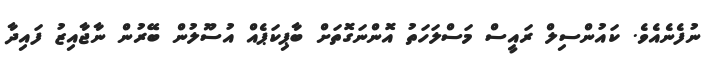
ނުފެނެއެވެ. ކައުންސިލް ރައީސް މަސްލަހަތު އޮންނަގޮތަށް ބާޕިކަޕެއް އުސޫލުން ބޭރުން ނާޖާއިޒު ފައިދާ